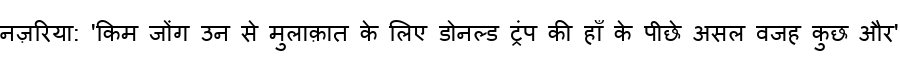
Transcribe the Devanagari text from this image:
नज़रिया: 'किम जोंग उन से मुलाक़ात के लिए डोनल्ड ट्रंप की हाँ के पीछे असल वजह कुछ और'